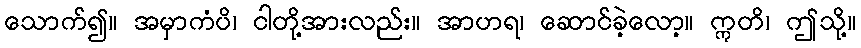
သောက်၍။ အမှာကံပိ၊ ငါတို့အားလည်း။ အာဟရ၊ ဆောင်ခဲ့လော့။ ဣတိ၊ ဤသို့။